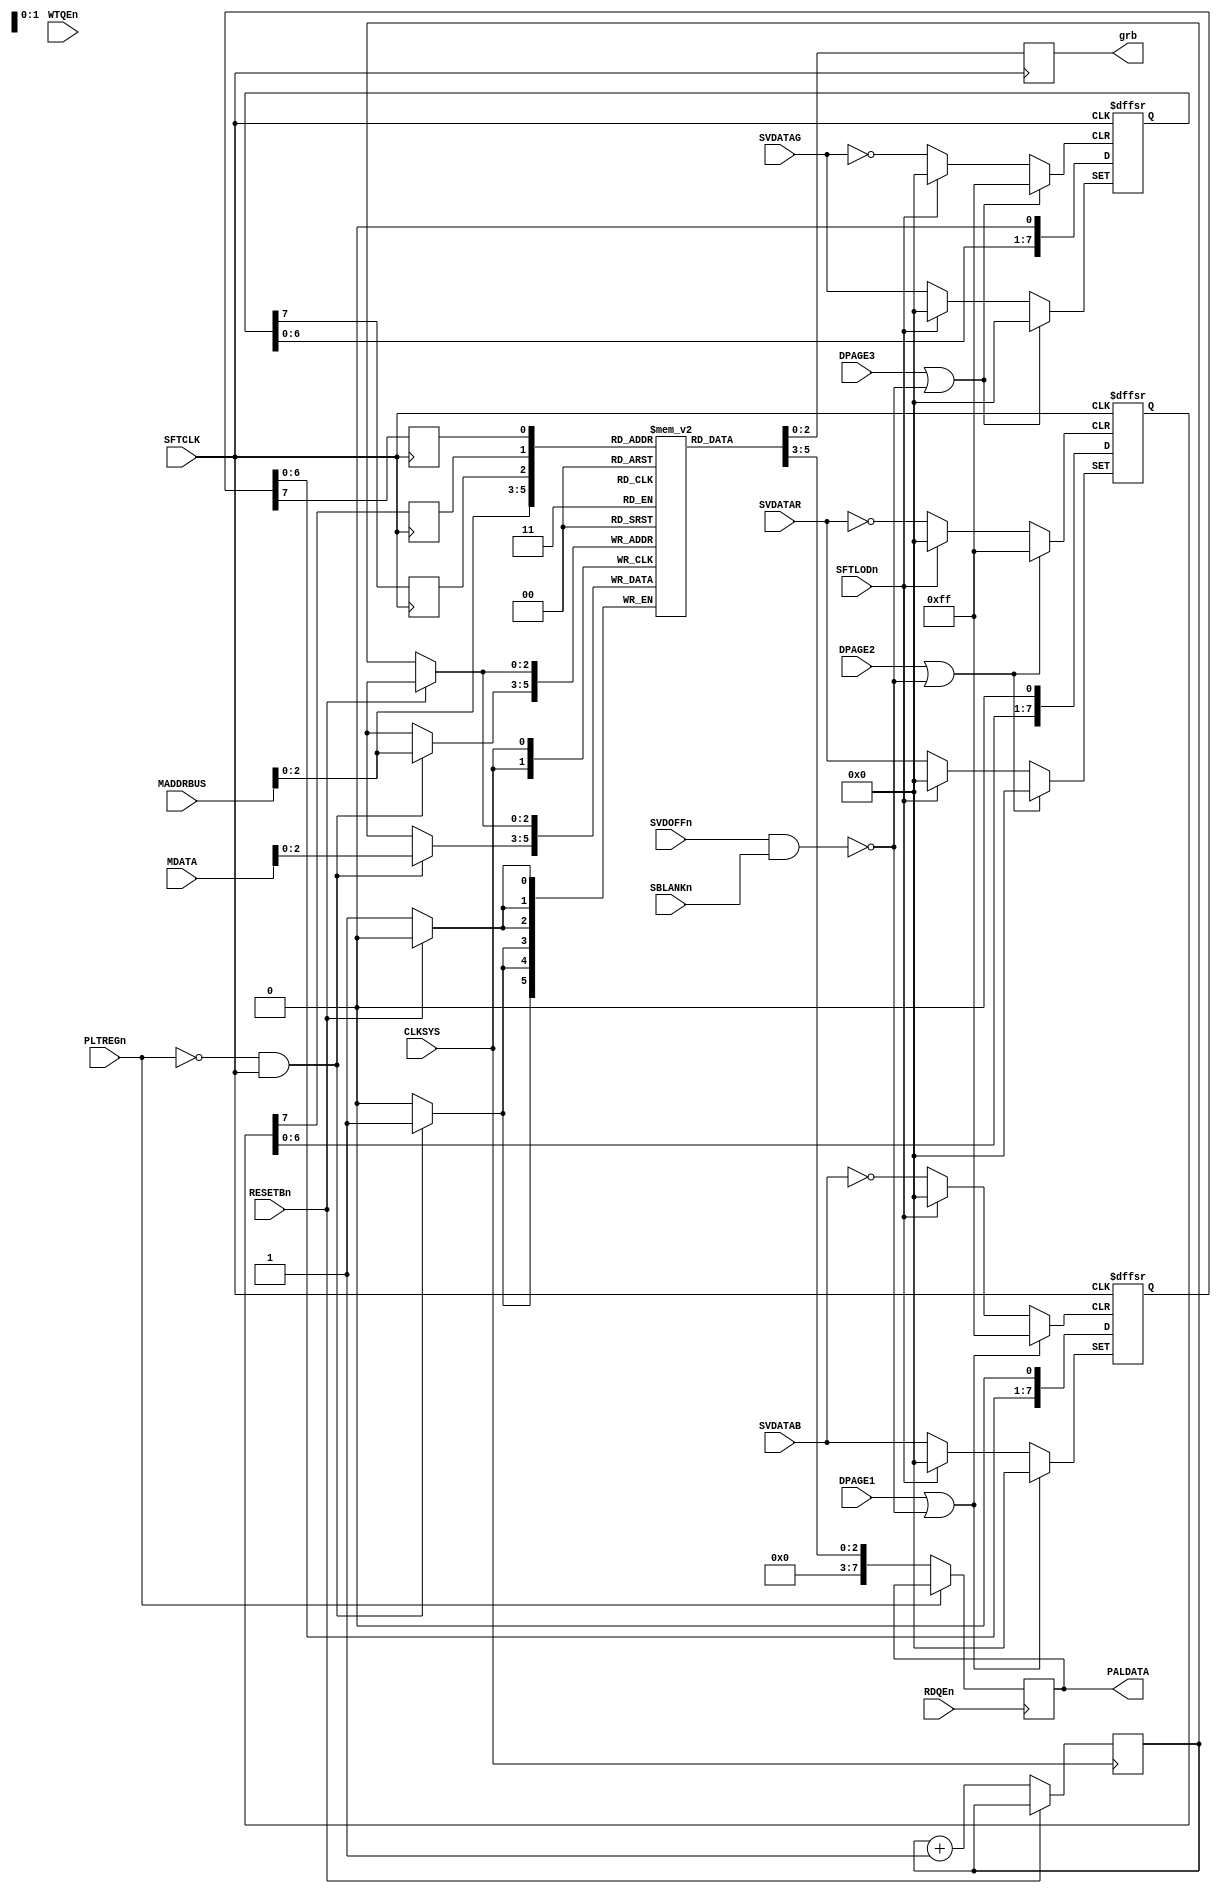
// This program was cloned from: https://github.com/pcornier/FM-7_MiSTer
// License: GNU General Public License v2.0


module PAL(
  input CLKSYS,
  input SVDOFFn,
  input SBLANKn,
  input [7:0] SVDATAB,
  input [7:0] SVDATAR,
  input [7:0] SVDATAG,
  input SFTCLK,
  input SFTLODn,
  input DPAGE1,
  input DPAGE2,
  input DPAGE3,
  input [7:0] MDATA,
  output reg [7:0] PALDATA,
  input [15:0] MADDRBUS,
  input PLTREGn,
  input RDQEn,
  input WTQEn,
  input RESETBn,
  output reg [2:0] grb
);

wire SFTCLKn = ~SFTCLK;
reg [2:0] rst_idx;

reg [2:0] pal[7:0];
reg [7:0] SFT1;
reg [7:0] SFT2;
reg [7:0] SFT3;

wire m25_3 = ~(SVDOFFn & SBLANKn);

always @(posedge CLKSYS) begin
  if (~RESETBn) begin
    pal[rst_idx] <= rst_idx;
    rst_idx <= rst_idx + 3'b1;
  end
  if (~PLTREGn && ~SFTCLKn) begin
    pal[MADDRBUS[2:0]] <= MDATA[2:0];
  end
end

always @(negedge RDQEn) begin
  if (~PLTREGn) PALDATA <= pal[MADDRBUS[2:0]];
end

wire clr1 = DPAGE1|m25_3;
wire clr2 = DPAGE2|m25_3;
wire clr3 = DPAGE3|m25_3;

reg qh1;
reg qh2;
reg qh3;

wire [2:0] color = { qh3, qh2, qh1 };

always @(posedge SFTCLK) begin
  grb <= pal[color];
  qh1 <= SFT1[7];
  qh2 <= SFT2[7];
  qh3 <= SFT3[7];
end

wire sftlod = ~SFTLODn;

always @(posedge SFTCLK, posedge sftlod, posedge clr1) begin
  if (clr1) SFT1 <= 8'd0;
  else if (sftlod) SFT1 <= SVDATAB;
  else SFT1 <= { SFT1[6:0], 1'b0 };
end

always @(posedge SFTCLK, posedge sftlod, posedge clr2) begin
  if (clr2) SFT2 <= 8'd0;
  else if (sftlod) SFT2 <= SVDATAR;
  else SFT2 <= { SFT2[6:0], 1'b0 };
end

always @(posedge SFTCLK, posedge sftlod, posedge clr3) begin
  if (clr3) SFT3 <= 8'd0;
  else if (sftlod) SFT3 <= SVDATAG;
  else SFT3 <= { SFT3[6:0], 1'b0 };
end


endmodule